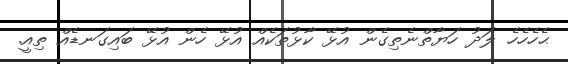
ޙެހެހެހެ ލަދު ހަޔާތްނެތިގެން އުޅޭ ކާޅުތަކެއް އުޅޭ ހެން އުޅޭ ބައިގަނޑެއް ތިއީ.